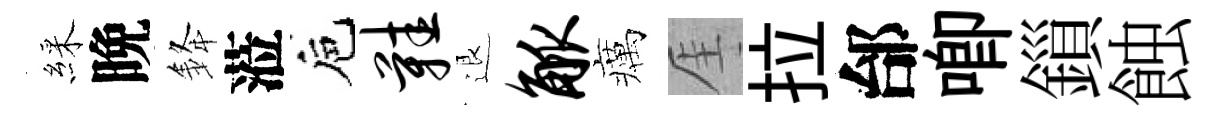
綵晩𨦟蒞巵鞋退觚癘厓拉邰唧鎻蝕